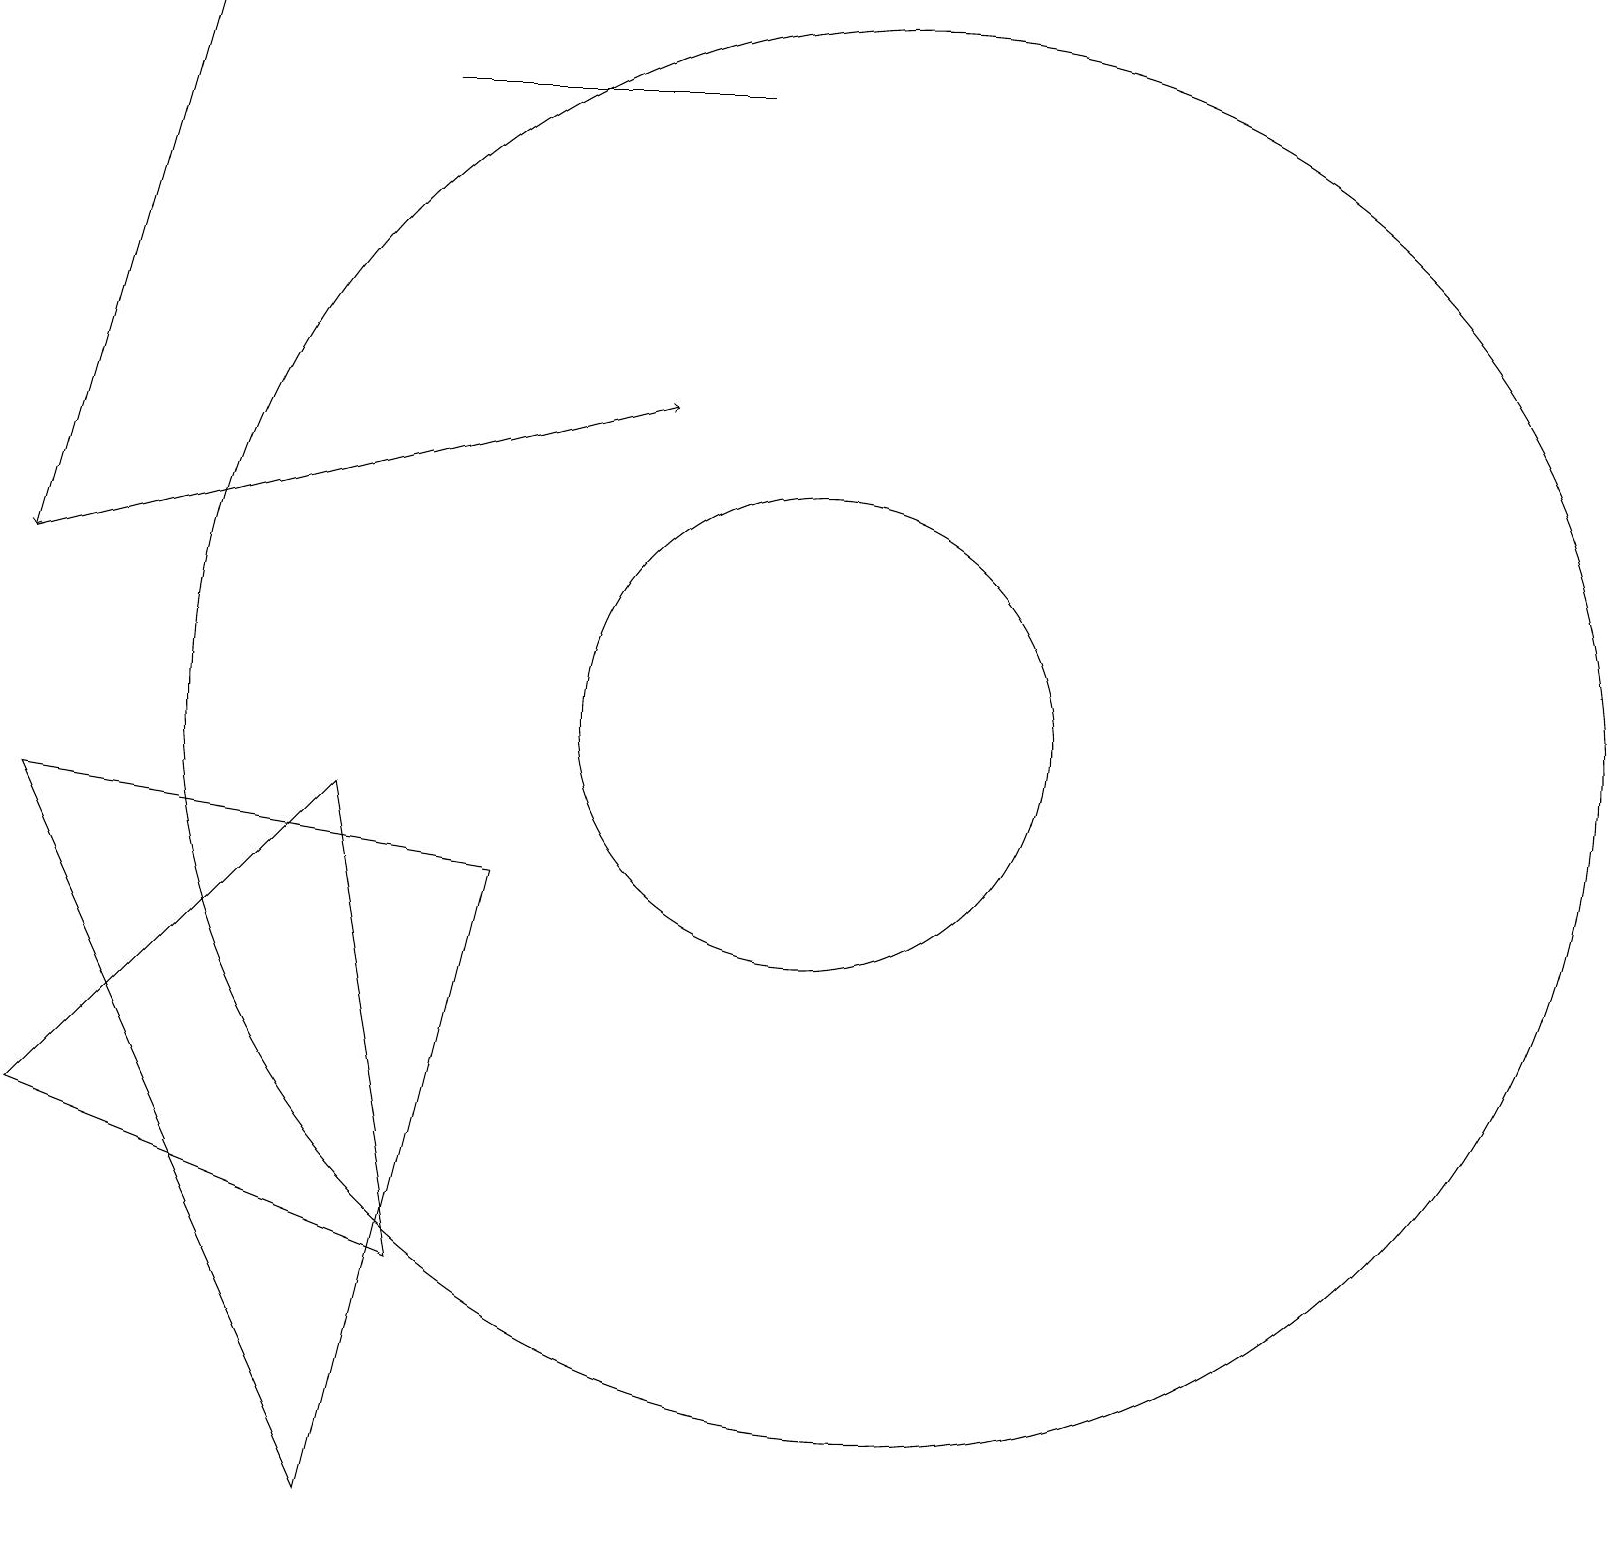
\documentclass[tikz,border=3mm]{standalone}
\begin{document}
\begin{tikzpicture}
\draw (5,3) -- (4,9) -- (0,5) -- cycle;
\draw[->] (2,19) -- (0,12);
\draw (4,0) -- (6,8) -- (0,9) -- cycle;
\draw (10,10) circle (3);
\draw (11,10) circle (9);
\draw[->] (0,12) -- (8,14);
\draw (5,18) rectangle (9,18);
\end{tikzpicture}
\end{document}